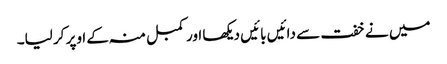
میں نے خفت سے دائیں بائیں دیکھا اور کمبل منہ کے اوپر کر لیا۔